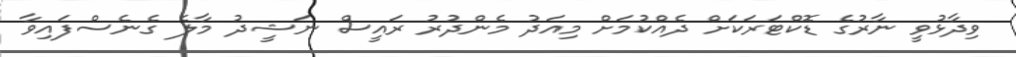
ވިދާޅުވީ ނާރުގެ ޑޮކްޓަރަކަށް ދެއްކުމަށް މިއަދު މެންދުރު ރައީސް ނަޝީދު މާލެ ގެނެސްފައިވާ